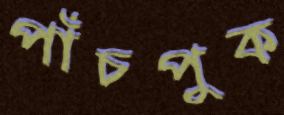
পাঁচপুক